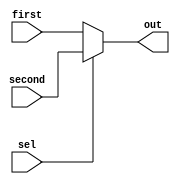

module MUX2 #(parameter  BIT_NUMBER = 32)(input [BIT_NUMBER-1:0] first, second, input sel, output [BIT_NUMBER-1:0] out);
  assign out = (~sel)?first:second;
endmodule // MUX 2


module MUX3 #(parameter  BIT_NUMBER = 32) (
  input [BIT_NUMBER-1:0] first, second, third, input [1:0] sel, output [BIT_NUMBER-1:0] out);

  assign out = (sel == 1) ? second : (sel == 2) ? third : first;
endmodule // MUX3